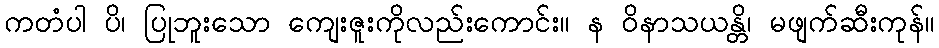
ကတံပါ ပိ၊ ပြုဘူးသော ကျေးဇူးကိုလည်းကောင်း။ န ဝိနာသယန္တိ၊ မဖျက်ဆီးကုန်။